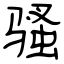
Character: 骚